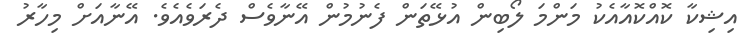
އިޝިކާ ކޮއްކޮއާއެކު މަންމަ ލޯބިން އުޅޭތަން ފެނުމުން އޭނާވެސް ދެރަވެއެވެ. އޭނާއަށް މިހާރު